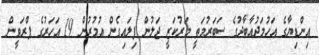
އިންޑިޔާގެ އަހުމަދުއާބާދުގެ ސަބަރުމަތީ މަރުކަޒީ ޖަލުން ފިލައިގެން އުމުރުން 19 އަހަރުގެ ޕްރަވީން